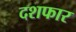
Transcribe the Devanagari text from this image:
दशफार